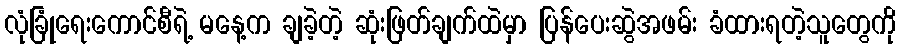
လုံခြုံရေးကောင်စီရဲ့ မနေ့က ချခဲ့တဲ့ ဆုံးဖြတ်ချက်ထဲမှာ ပြန်ပေးဆွဲအဖမ်း ခံထားရတဲ့သူတွေကို